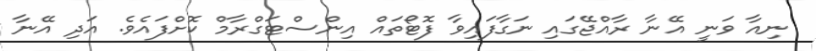
ނިއާ ވަނީ އޭނާ ރާއްޖޭގައި ނަގާފައިވާ ފޮޓޯތައް އިންސްޓަގްރާމް ކޮށްފައެވެ. އަދި އޭނާ